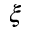
\xi